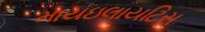
માયઇલાયટિસ